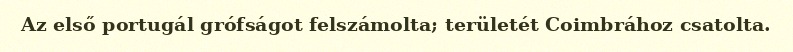
Az első portugál grófságot felszámolta; területét Coimbrához csatolta.